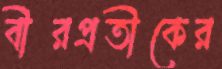
বীরপ্রতীকের